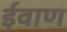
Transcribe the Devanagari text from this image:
ईवाण